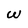
Character: W